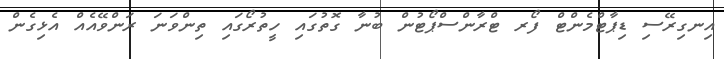
އިނގިރޭސި ޑިޕާޓްމެންޓް ފޯރ ޓްރާންސްޕޯޓުން ބުނާ ގޮތުގައި ހީތުރޯގައި ތިންވަނަ ރަންވޭއެއް އެޅިގެން